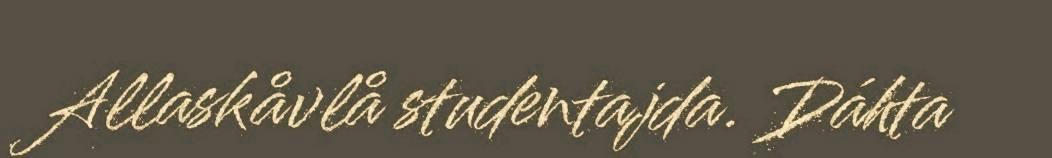
Allaskåvlå studentajda. Dáhta